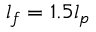
l _ { f } = 1 . 5 l _ { p }